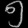
Digit: ၅